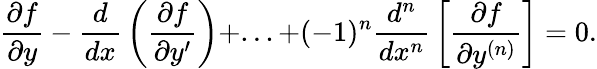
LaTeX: {\frac{\partial f}{\partial y}}-{\frac{d}{dx}}\left({\frac{\partial f}{\partial y^{\prime}}}\right)+...+(-1)^{n}{\frac{d^{n}}{dx^{n}}}\left[{\frac{\partial f}{\partial y^{(n)}}}\right]=0.